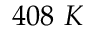
4 0 8 ~ K